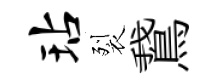
玷裂鵞